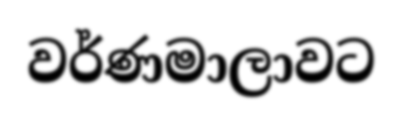
වර්ණමාලාවට